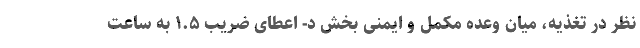
نظر در تغذیه، میان وعده مکمل و ایمنی بخش د- اعطای ضریب ۱.۵ به ساعت